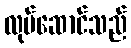
လုပ်ဆောင်သည်